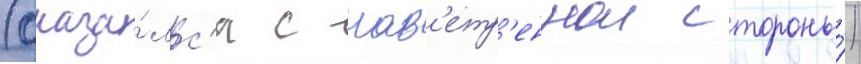
(оказа́лс'я с нав'етр'еннои стороны́)